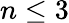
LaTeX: n\leq 3